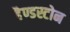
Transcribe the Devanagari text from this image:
हैण्डस्टोन